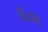
ઉતમ